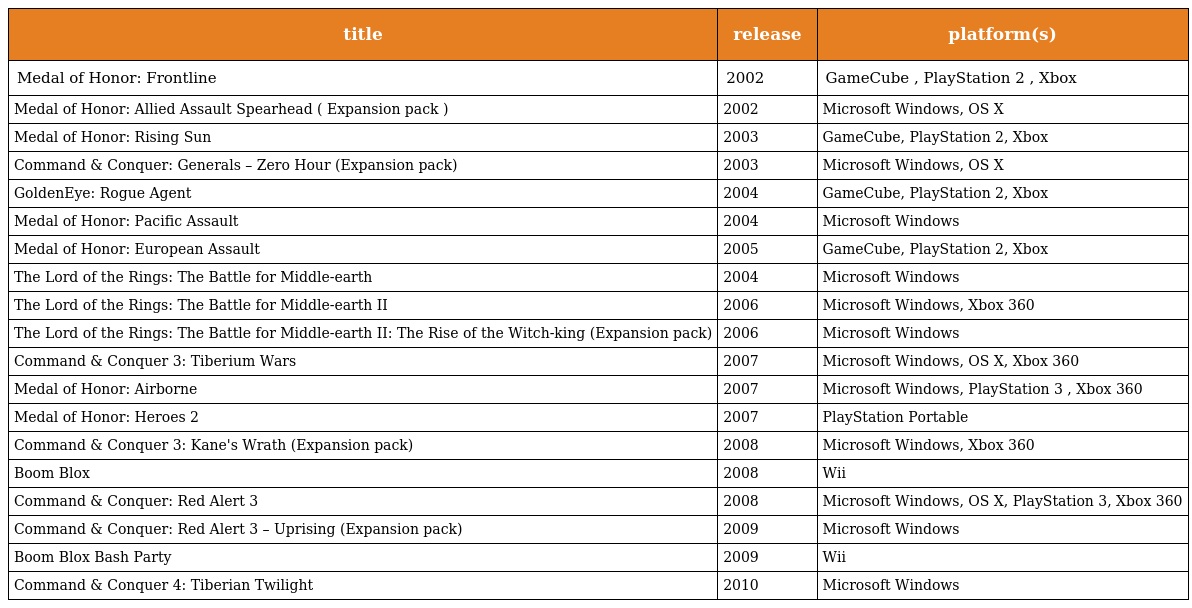
| title | release | platform(s) |
 | --- | --- | --- |
 | Medal of Honor: Frontline | 2002 | GameCube , PlayStation 2 , Xbox |
 | Medal of Honor: Allied Assault Spearhead ( Expansion pack ) | 2002 | Microsoft Windows, OS X |
 | Medal of Honor: Rising Sun | 2003 | GameCube, PlayStation 2, Xbox |
 | Command & Conquer: Generals – Zero Hour (Expansion pack) | 2003 | Microsoft Windows, OS X |
 | GoldenEye: Rogue Agent | 2004 | GameCube, PlayStation 2, Xbox |
 | Medal of Honor: Pacific Assault | 2004 | Microsoft Windows |
 | Medal of Honor: European Assault | 2005 | GameCube, PlayStation 2, Xbox |
 | The Lord of the Rings: The Battle for Middle-earth | 2004 | Microsoft Windows |
 | The Lord of the Rings: The Battle for Middle-earth II | 2006 | Microsoft Windows, Xbox 360 |
 | The Lord of the Rings: The Battle for Middle-earth II: The Rise of the Witch-king (Expansion pack) | 2006 | Microsoft Windows |
 | Command & Conquer 3: Tiberium Wars | 2007 | Microsoft Windows, OS X, Xbox 360 |
 | Medal of Honor: Airborne | 2007 | Microsoft Windows, PlayStation 3 , Xbox 360 |
 | Medal of Honor: Heroes 2 | 2007 | PlayStation Portable |
 | Command & Conquer 3: Kane's Wrath (Expansion pack) | 2008 | Microsoft Windows, Xbox 360 |
 | Boom Blox | 2008 | Wii |
 | Command & Conquer: Red Alert 3 | 2008 | Microsoft Windows, OS X, PlayStation 3, Xbox 360 |
 | Command & Conquer: Red Alert 3 – Uprising (Expansion pack) | 2009 | Microsoft Windows |
 | Boom Blox Bash Party | 2009 | Wii |
 | Command & Conquer 4: Tiberian Twilight | 2010 | Microsoft Windows |